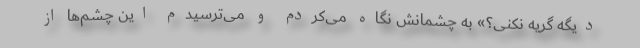
دیگه گریه نکنی؟» به چشمانش نگاه می‌کردم و می‌ترسیدم این چشم‌ها از